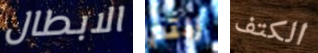
الابطال زلتم الكتف